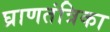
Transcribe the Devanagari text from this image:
घ्राणतंत्रिका